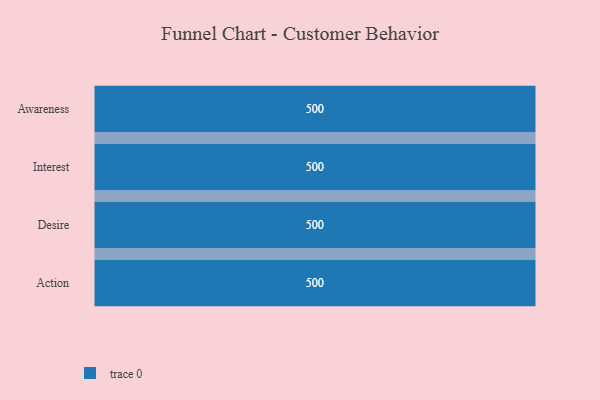
{"axis": {"x": "Stage", "y": "Value"}, "legend": [""], "data": [{"x": "Awareness", "y": 500, "type": ""}, {"x": "Interest", "y": 500, "type": ""}, {"x": "Desire", "y": 500, "type": ""}, {"x": "Action", "y": 500, "type": ""}]}